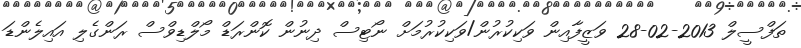
ތަފްސީލް 2013-02-28 ވަޒީފާއިން ވަކިކުރުން/ވަކިކުރުމަށް ނޯޓިސް ދިނުން ކޮންރަޑް މޯލްޑިވްސް ރަންގެލި އައިލެންޑަ